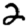
Digit: 2